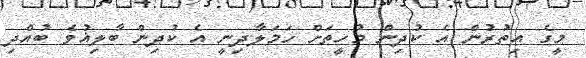
މީގެ އިތުރުން އެ ކުދިން މުހީތަށް ހަމަލާދިނީ އެ ކުދިން ބާލިޣުވެ ބުއްދި